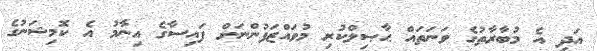
އަދި އެ މުބާރާތުގެ ވަނަތައް ޙާޞިލްކުރި މުވައްޒަފުންނަށް ފައިސާގެ އިނާމު އެ ކޮމިޝަނުގެ